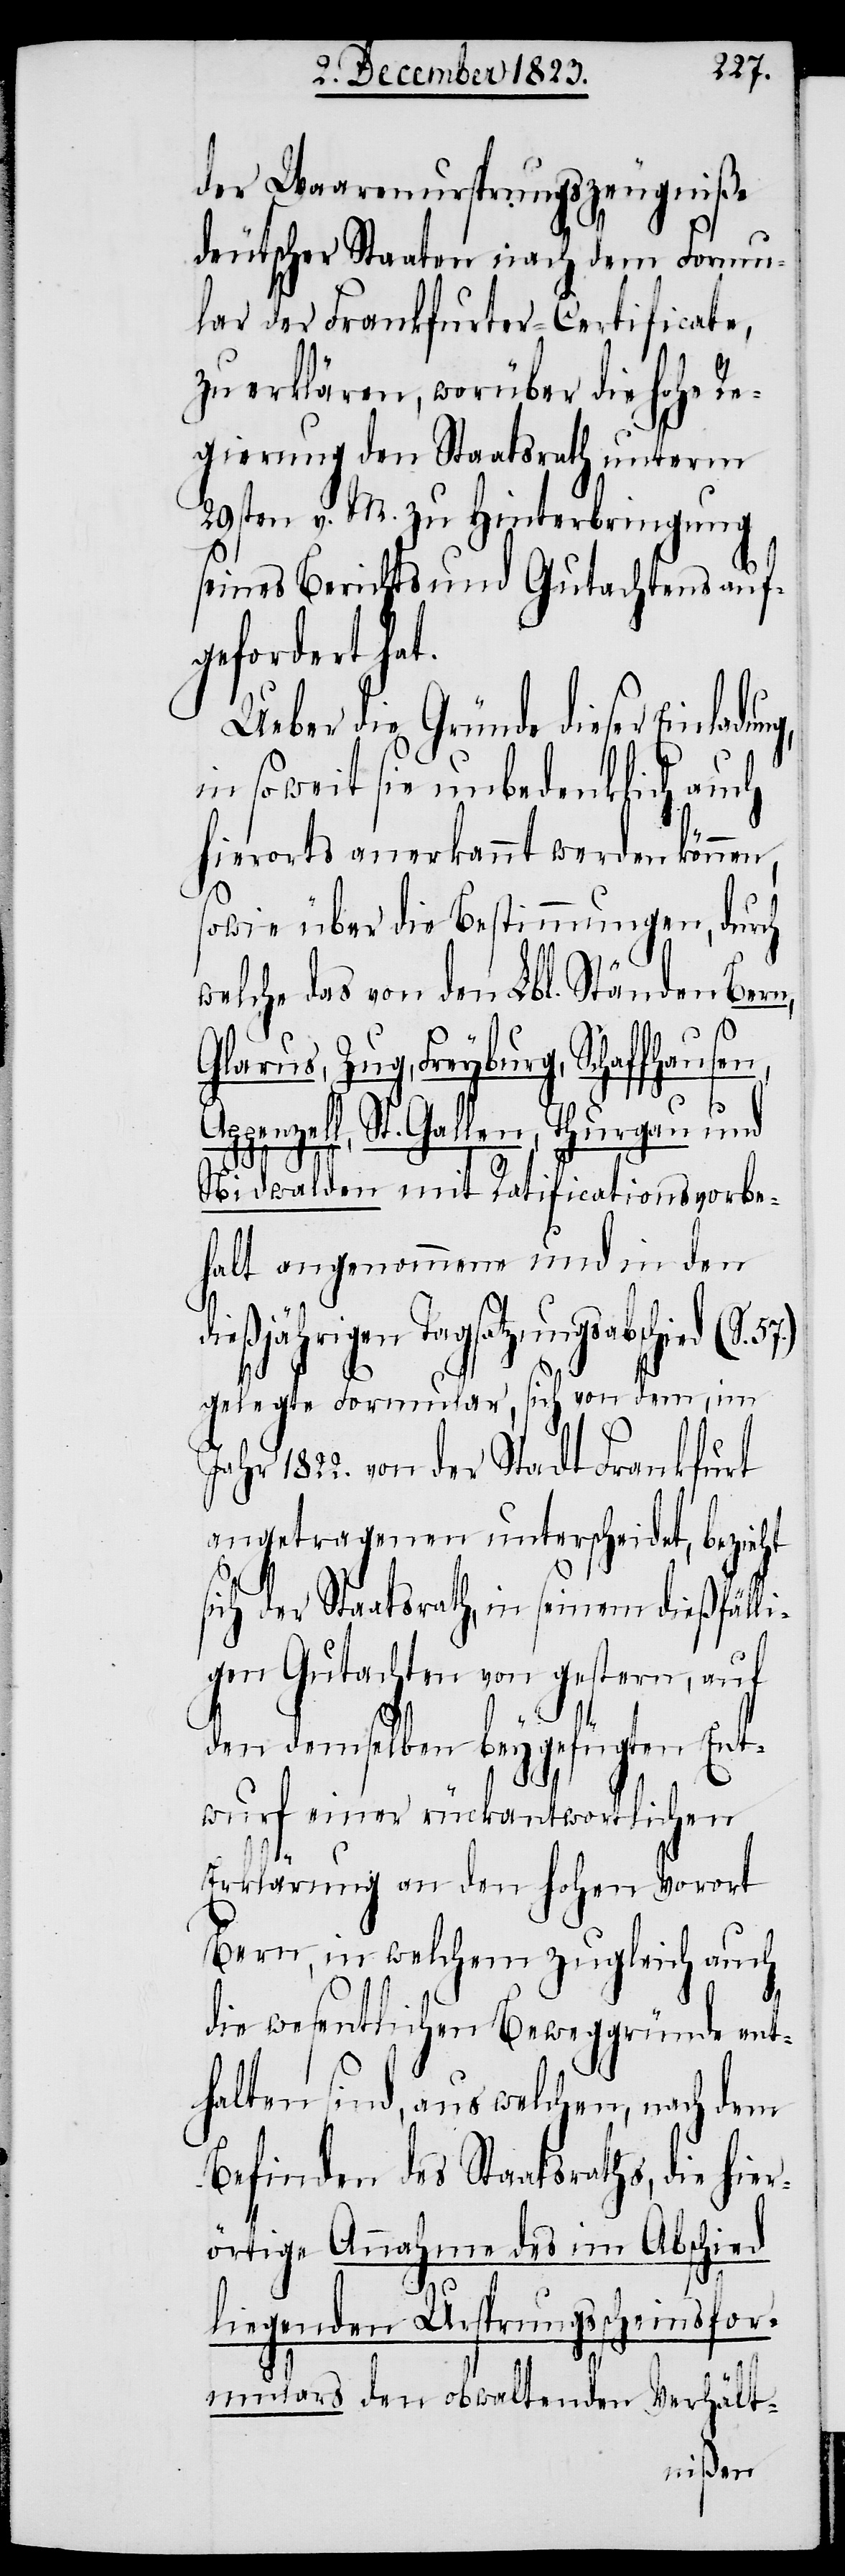
der Waarenursprungszeugniße
deutscher Staaten nach dem Formu¬
lar der Frankfurter-Certificate,
zu erklären, worüber die hohe Re¬
gierung den Staatsrath unterm
29sten v. M. zu Hinterbringung
seines Berichts und Gutachtens auf¬
gefordert hat.
Ueber die Gründe dieser Einladu¬
in soweit sie unbedenklich auch
hierorts anerkannt werden können,
sowie über die Bestimmungen, durch
welche das von den Lbl. Ständen Bern,
Glarus, Zug, Freyburg, Schaffhause¬
Appenzell, St. Gallen, Thurgau und
s¬
Nidwalden mit Ratificationsvorbe¬
halt angenommene und in den
ießjährigen Tagsatzungsabschied (S.
gelegte Formular, sich von dem, im
Jahr 1822. von der Stadt Frankfurt
angetragenen unterscheidet, bezieht
ich der Staatsrath, in seinem dießfäll¬
igen Gutachten von gestern, auf
den demselben beygefügten Ent¬
wurf einer rückantwortlichen
Erklärung an den hohen Vorort
Bern, in welchem zugleich auch
die wesentlichen Beweggründe ent¬
halten sind, aus welchen, nach dem
Befinden des Staatsraths, die hier¬
örtige Annahme des im Abschied
liegenden Ursprungsscheinsfor¬
mulars den obwaltenden
Verhält-